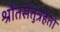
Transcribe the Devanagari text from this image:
श्रौतसेतुत्रहेतो